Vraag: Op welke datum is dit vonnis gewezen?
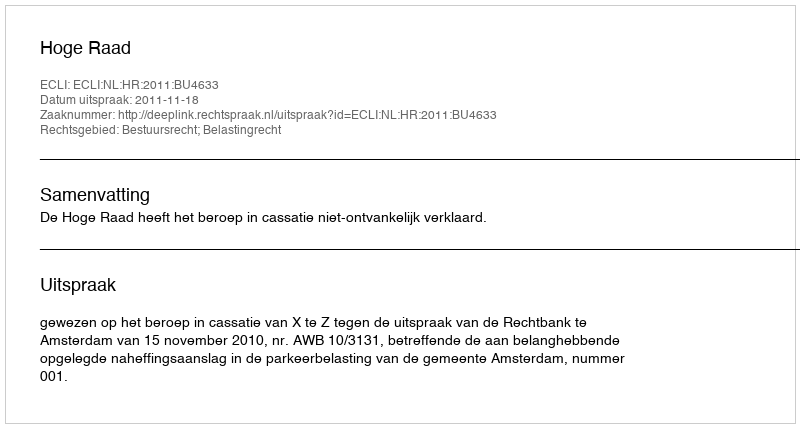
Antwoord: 2011-11-18